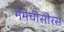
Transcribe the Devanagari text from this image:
मैमेंचीसौरस